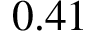
0 . 4 1